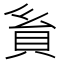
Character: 𧴺